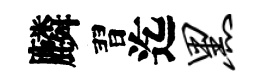
麟習迄黑